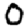
Digit: 0